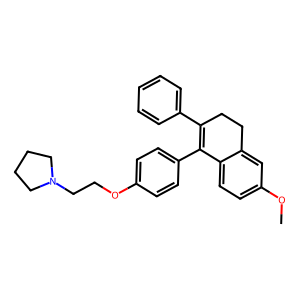
SMILES: COc1ccc2c(c1)CCC(c1ccccc1)=C2c1ccc(OCCN2CCCC2)cc1
Inhibits HIV replication: No